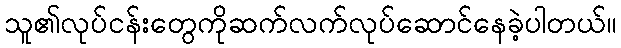
သူ၏လုပ်ငန်းတွေကိုဆက်လက်လုပ်ဆောင်နေခဲ့ပါတယ်။